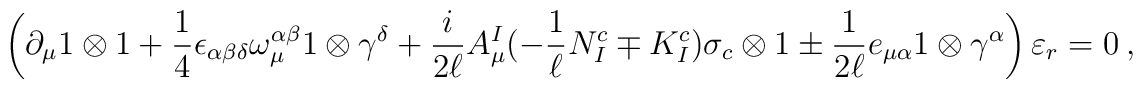
\left(  \partial_\mu 1\otimes 1 +\frac{1}{4} \epsilon_{\alpha \beta   \delta }\omega^{\alpha \beta}_{\mu} 1\otimes \gamma^{\delta}   +\frac{i}{2\ell} A^{I}_{\mu} (-\frac{1}{\ell}N^c_I \mp K^c_I) \sigma_c \otimes 1   \pm \frac{1}{2\ell} e_{\mu\alpha} 1\otimes \gamma^{\alpha} \right)   \varepsilon_r = 0 \ ,